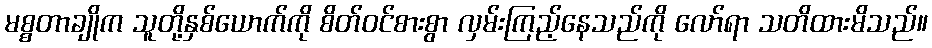
မစ္စတာချိုက သူတို့နှစ်ယောက်ကို စိတ်ဝင်စားစွာ လှမ်းကြည့်နေသည်ကို လော်ရာ သတိထားမိသည်။